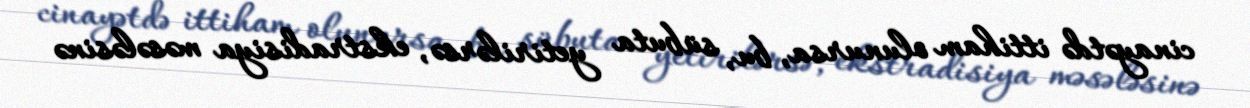
cinayətdə ittiham olunursa, bu, sübuta yetirilərsə, ekstradisiya məsələsinə